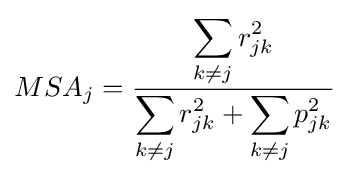
MSA_{j}={\frac {\displaystyle \sum _{k\neq j}r_{jk}^{2}}{\displaystyle \sum _{k\neq j}r_{jk}^{2}+\sum _{k\neq j}p_{jk}^{2}}}